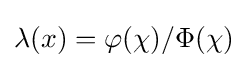
\lambda (x)=\varphi (\chi )/\Phi (\chi )